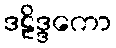
ဒဠိဒ္ဒကော